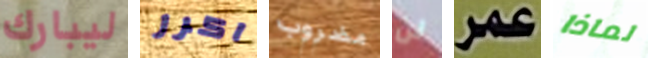
ليبارك اكرر مضروب لن عمر لماذا